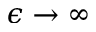
\epsilon \to \infty